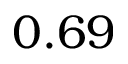
0 . 6 9